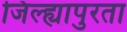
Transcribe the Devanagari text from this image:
जिल्ह्यापुरता